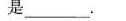
是___。